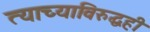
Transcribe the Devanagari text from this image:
त्याच्याविरुद्धही